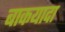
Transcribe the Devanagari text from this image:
बाकयादा